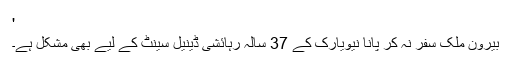
'
بیرون ملک سفر نہ کر پانا نیویارک کے 37 سالہ رہائشی ڈینیل سینٹ کے لیے بھی مشکل ہے۔